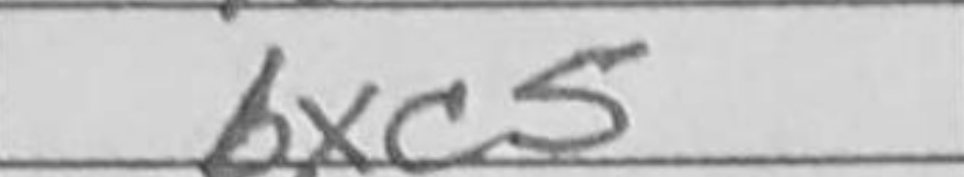
Transcription: bxc5